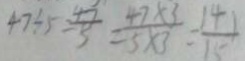
4 7 \div 5 = \frac { 4 7 } { 5 } = \frac { 4 7 \times 3 } { 5 \times 3 } = \frac { 1 4 1 } { 1 5 }